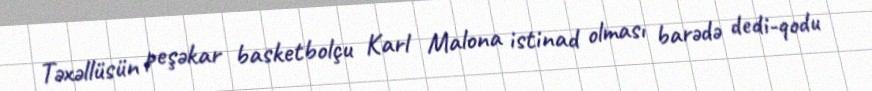
Təxəllüsün peşəkar basketbolçu Karl Malona istinad olması barədə dedi-qodu